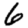
Digit: 6